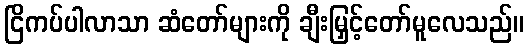
ငြိကပ်ပါလာသာ ဆံတော်များကို ချီးမြှင့်တော်မူလေသည်။